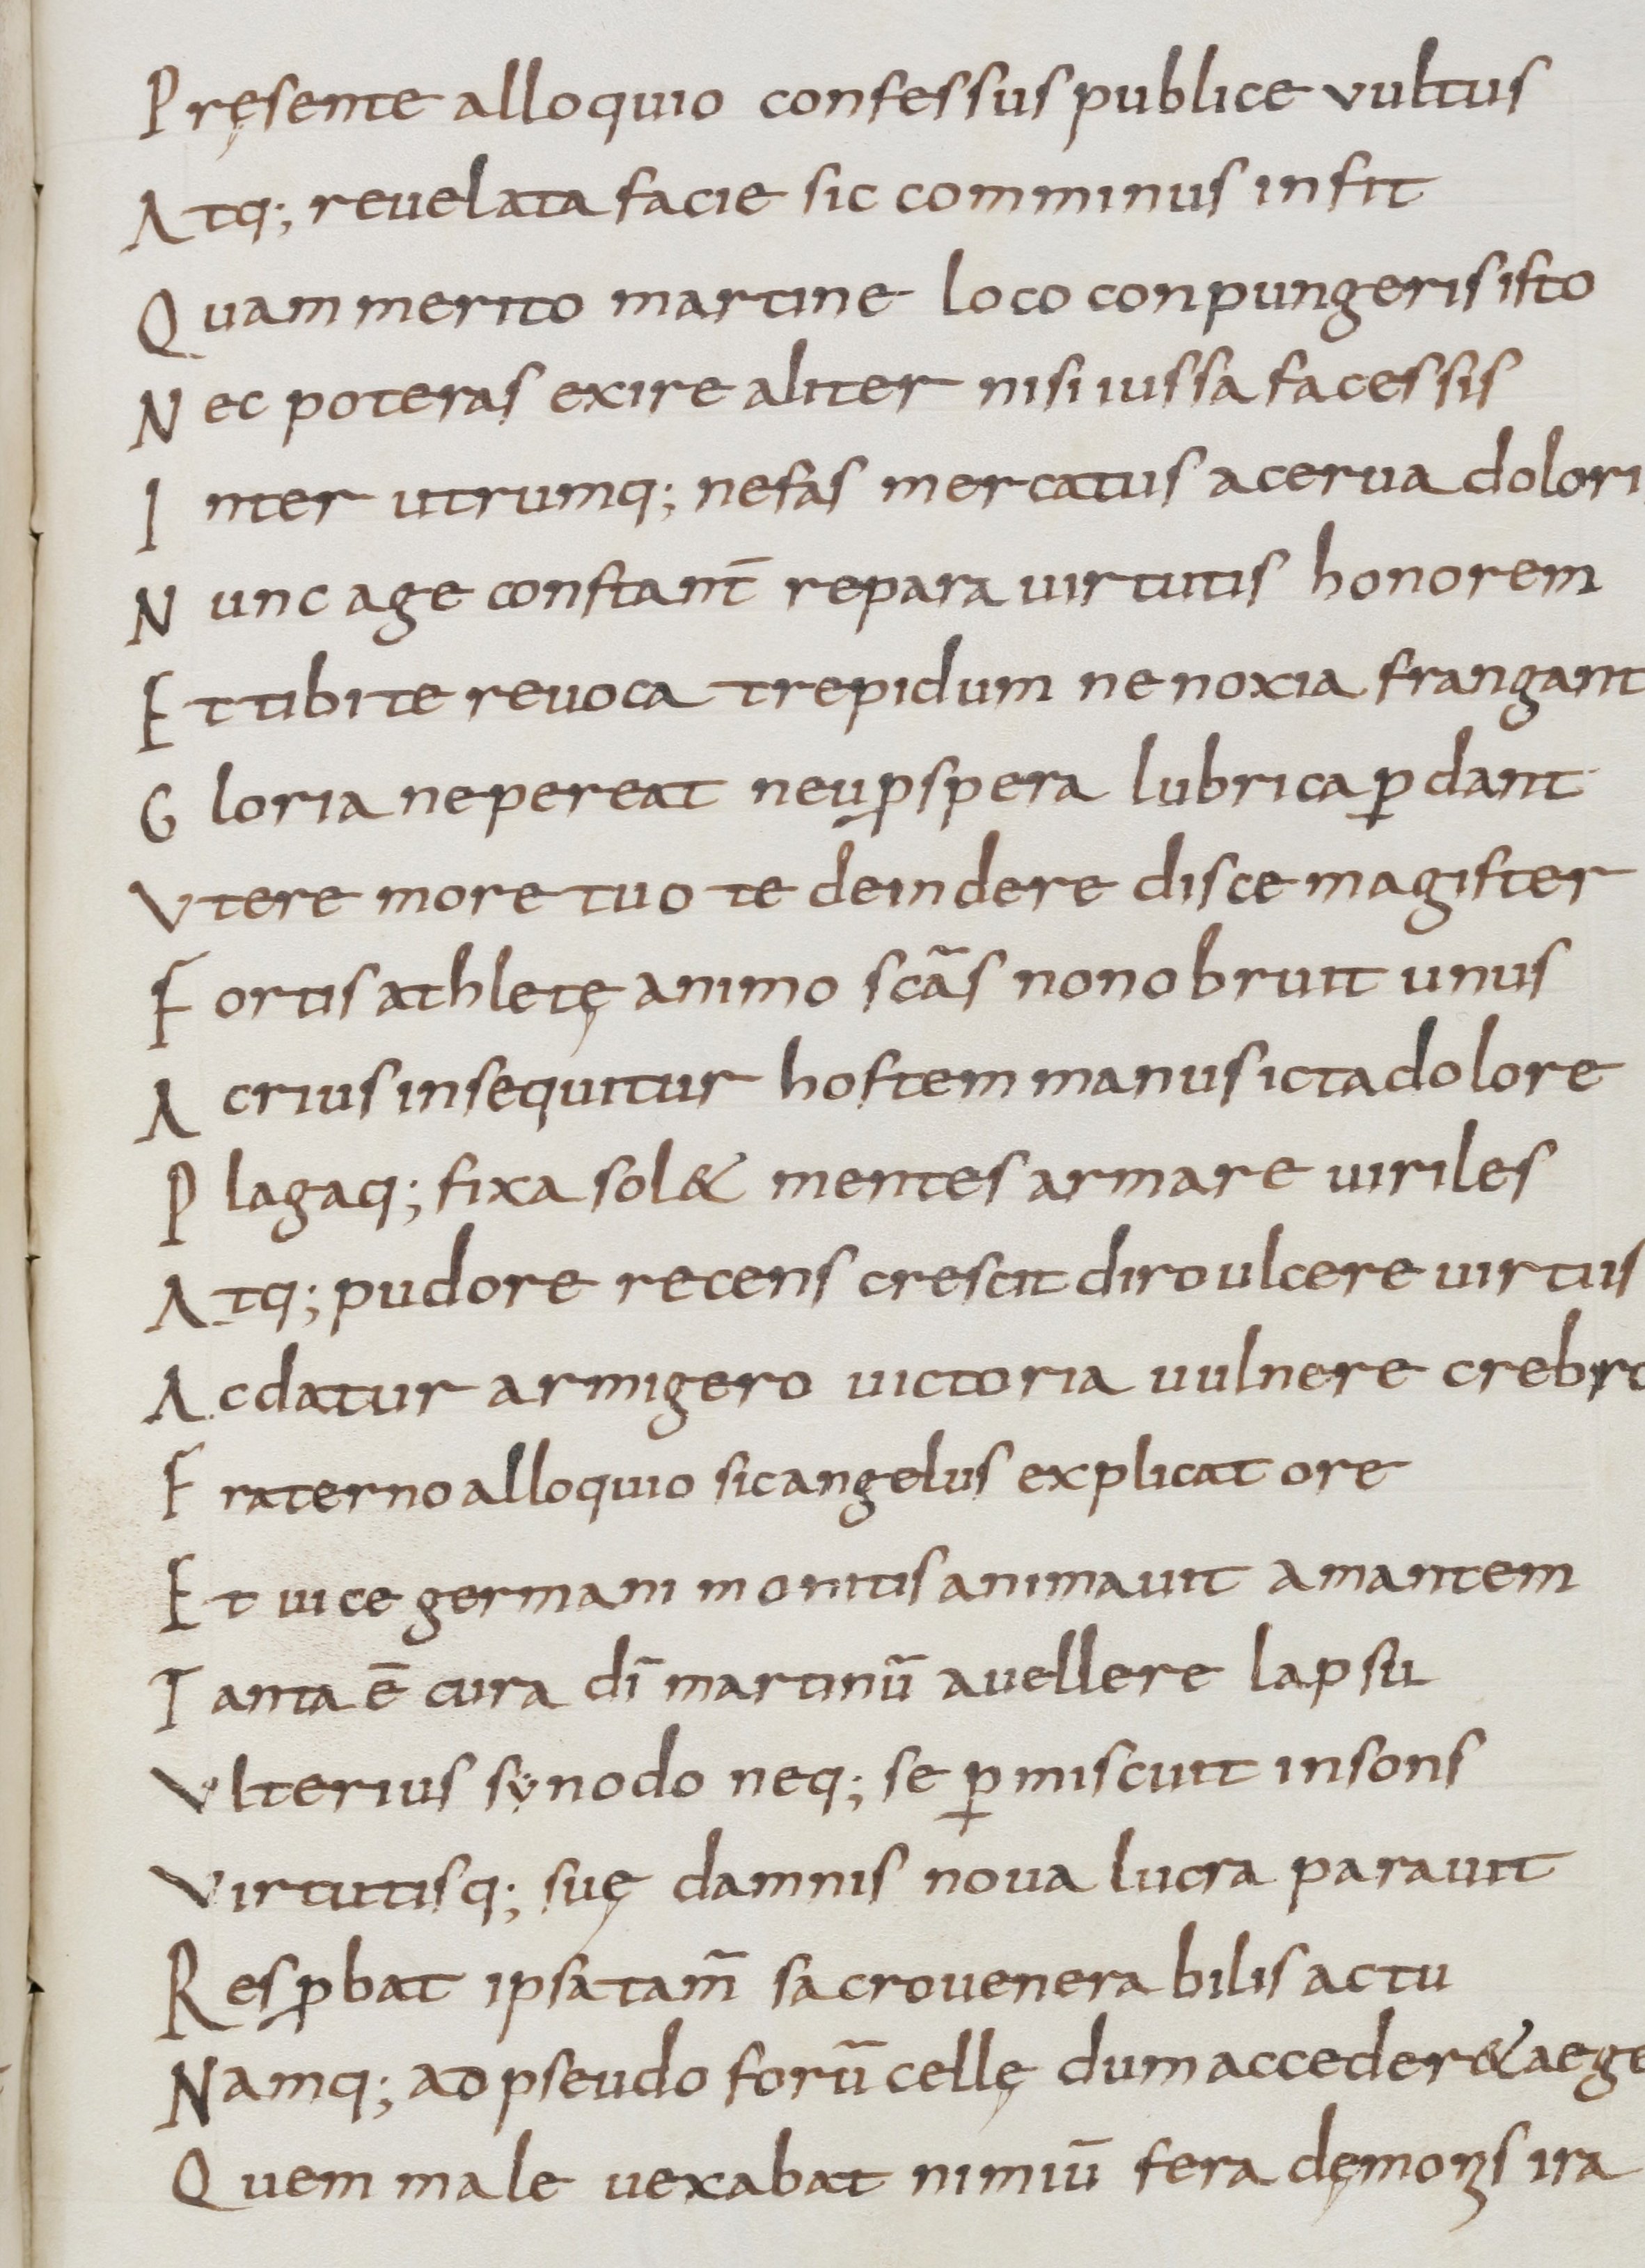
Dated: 800–999